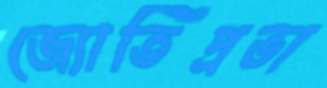
জ্যোতিপ্রভা